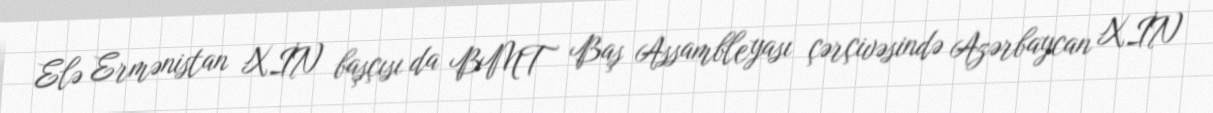
Elə Ermənistan XİN başçısı da BMT Baş Assambleyası çərçivəsində Azərbaycan XİN